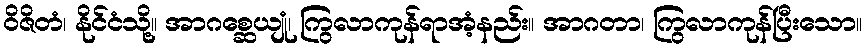
ဝိဇိတံ၊ နိုင်ငံသို့။ အာဂစ္ဆေယျုံ၊ ကြွလာကုန်ရာအံ့နည်း။ အာဂတာ၊ ကြွလာကုန်ပြီးသော။